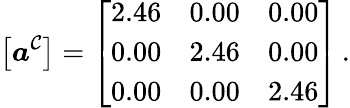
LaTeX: \left[\boldsymbol{a}^{\mathcal{C}}\right]=\left[\begin{array}{ccc}{2.46}&{0.00}&{0.00}\\ {0.00}&{2.46}&{0.00}\\ {0.00}&{0.00}&{2.46}\end{array}\right]\, .